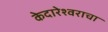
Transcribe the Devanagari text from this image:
केदारेश्वराचा